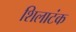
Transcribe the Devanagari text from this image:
शिलाटंक